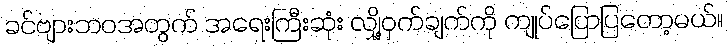
ခင်ဗျားဘဝအတွက် အရေးကြီးဆုံး လျှို့ဝှက်ချက်ကို ကျုပ်ပြောပြတော့မယ်။